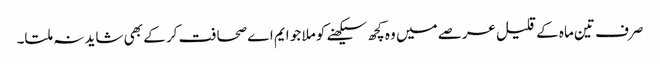
صرف تین ماہ کے قلیل عرصے میں وہ کچھ سیکھنے کو ملا جو ایم اے صحافت کر کے بھی شاید نہ ملتا۔